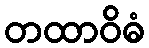
တထာဝိဓံ